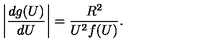
\left\vert \frac { d g ( U ) } { d U } \right\vert = \frac { R ^ { 2 } } { U ^ { 2 } f ( U ) } .